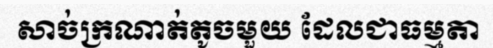
សាច់ក្រណាត់តូចមួយ ដែលជាធម្មតា